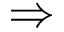
\Rightarrow